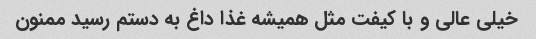
خیلی عالی و با کیفت مثل همیشه غذا داغ به دستم رسید ممنون